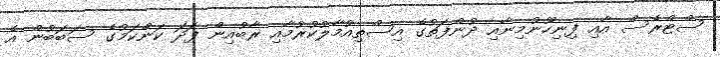
ސްޓްރެސް އާއި ފިނިހޫނުމިނާއި ދުންފަތުގެ އިސްތިއުމާލުކުރުމާއި ރާބުއިން ފަދަ ކަންކަމުގެ ސަބަބުން އެ